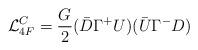
LaTeX: \begin{align*}{\cal L}_{4F}^C=\frac{G}{2}{(\bar{D}\Gamma^+U)}{(\bar{U}\Gamma^-D)}\end{align*}